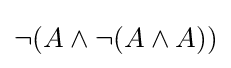
\neg (A\wedge \neg (A\wedge A))